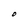
Character: O